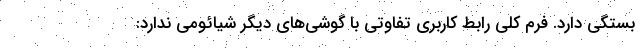
بستگی دارد. فرم کلی رابط کاربری تفاوتی با گوشی‌های دیگر شیائومی ندارد: